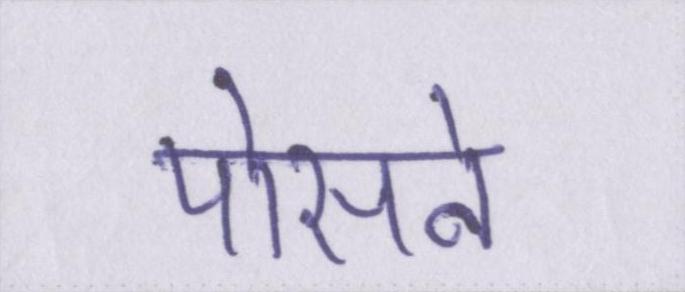
पोसने